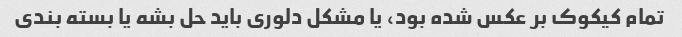
تمام کیکوک بر عکس شده بود، یا مشکل دلوری باید حل بشه یا بسته بندی